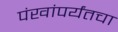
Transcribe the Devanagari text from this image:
पंखांपर्यंतचा